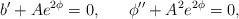
\begin{align*}b^{\prime}+Ae^{2\phi}=0, \;\;\;\;\;\; \phi^{\prime\prime}+A^2e^{2\phi}=0, \\\end{align*}